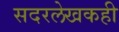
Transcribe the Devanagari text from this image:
सदरलेखकही